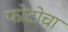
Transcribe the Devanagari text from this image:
फोटोचा